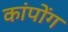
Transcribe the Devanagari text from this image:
कांपोंग